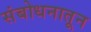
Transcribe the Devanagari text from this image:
संबोधनातून